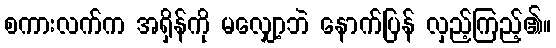
စကားလက်က အရှိန်ကို မလျှော့ဘဲ နောက်ပြန် လှည့်ကြည့်၏။